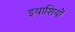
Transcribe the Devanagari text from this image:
इयाशियों